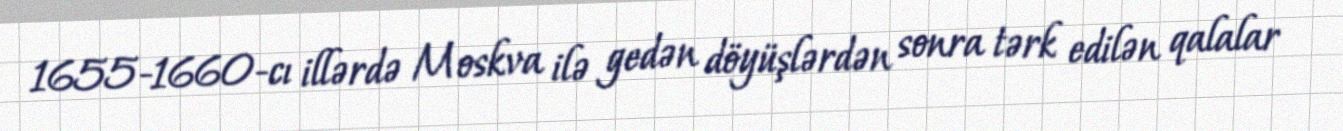
1655-1660-cı illərdə Moskva ilə gedən döyüşlərdən sonra tərk edilən qalalar